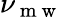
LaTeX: \nu_{\mathrm{~m~w~}}